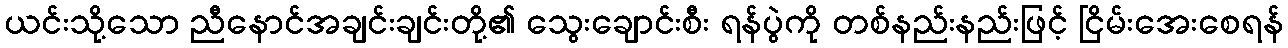
ယင်းသို့သော ညီနောင်အချင်းချင်းတို့၏ သွေးချောင်းစီး ရန်ပွဲကို တစ်နည်းနည်းဖြင့် ငြိမ်းအေးစေရန်